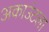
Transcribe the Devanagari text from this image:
अकाउंटला